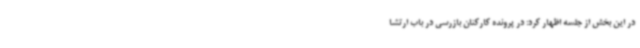
در این بخش از جلسه اظهار کرد: در پرونده کارکنان بازرسی در باب ارتشا